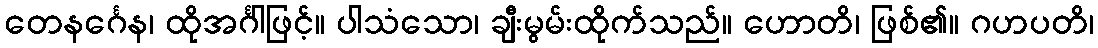
တေနင်္ဂေန၊ ထိုအင်္ဂါဖြင့်။ ပါသံသော၊ ချီးမွမ်းထိုက်သည်။ ဟောတိ၊ ဖြစ်၏။ ဂဟပတိ၊